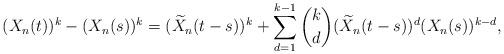
LaTeX: \begin{align*} (X_n(t))^{k} - (X_n(s))^{k} & = (\widetilde{X}_n(t-s))^{k} + \sum_{d=1}^{k-1} \binom{k}{d} (\widetilde{X}_n(t-s))^d (X_n(s))^{k-d}, \end{align*}